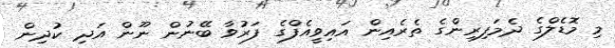
މި މޮޑެލްގެ ދެމަފިރިންގެ ތެރެއިން އައިވީއެފްގެ ފަރުވާ ބޭނުން ނޫން އަދި ކުދިން